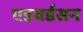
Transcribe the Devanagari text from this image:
एडवर्डसन